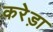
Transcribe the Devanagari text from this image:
करेड़ा